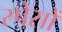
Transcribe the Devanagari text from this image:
स्पेसों